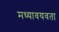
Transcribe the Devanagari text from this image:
मध्यावयवता